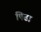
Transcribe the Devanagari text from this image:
पिढा